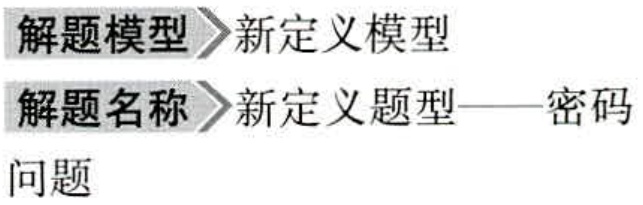
\begin{document}
解题模型 新定义模型
解题名称 新定义题型——密码
问题
\end{document}